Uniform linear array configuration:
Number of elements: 64
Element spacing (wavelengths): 0.75
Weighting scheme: exponential
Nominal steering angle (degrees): -60
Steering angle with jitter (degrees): -60.33
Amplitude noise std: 0.05
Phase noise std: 0.05

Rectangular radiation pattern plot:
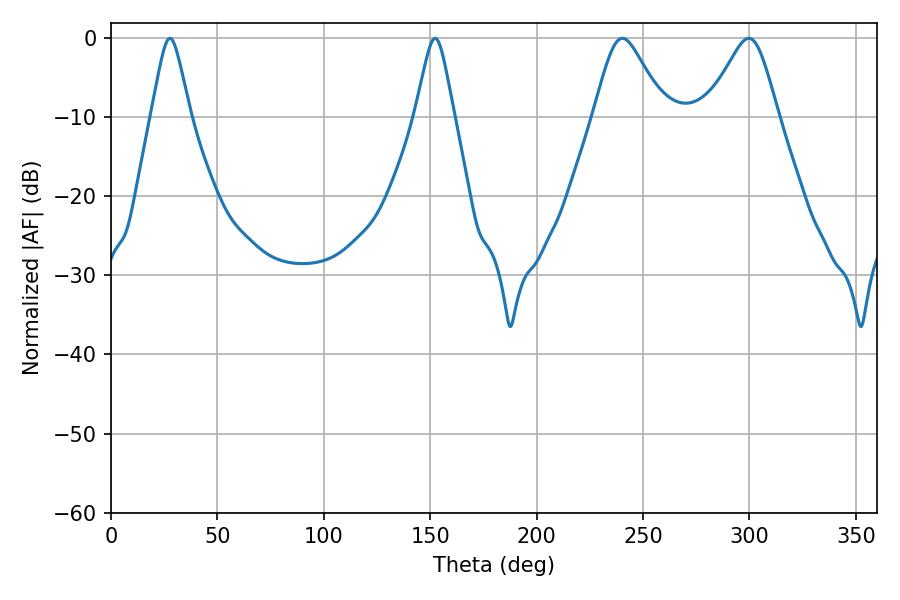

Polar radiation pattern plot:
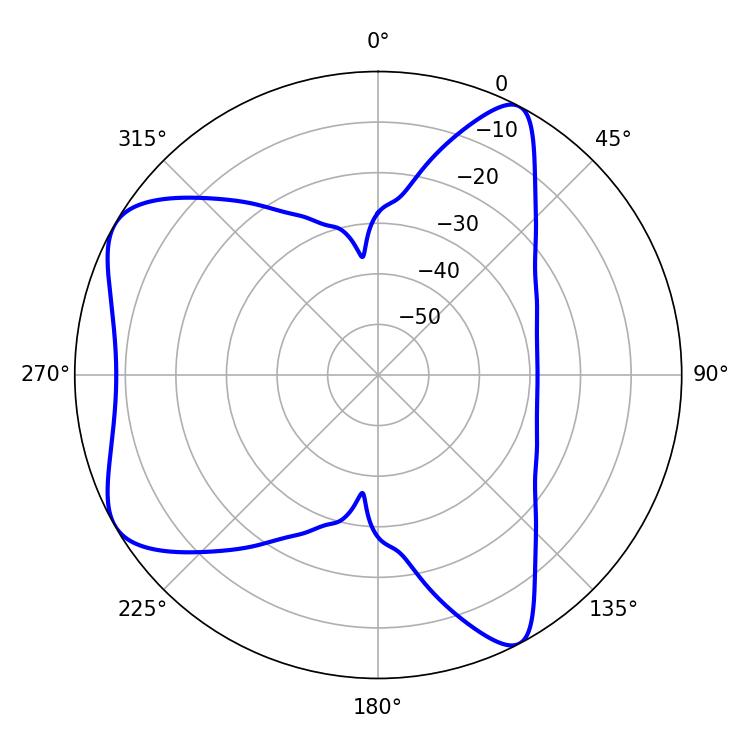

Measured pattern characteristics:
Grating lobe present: TRUE
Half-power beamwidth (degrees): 16.2
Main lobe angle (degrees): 240.3